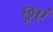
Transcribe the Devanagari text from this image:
छूएं